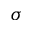
\sigma